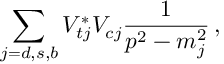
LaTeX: \sum _ { j = d , s , b } V _ { t j } ^ { * } V _ { c j } \frac { 1 } { p ^ { 2 } - m _ { j } ^ { 2 } } \, ,